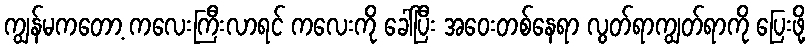
ကျွန်မကတော့ ကလေးကြီးလာရင် ကလေးကို ခေါ်ပြီး အဝေးတစ်နေရာ လွတ်ရာကျွတ်ရာကို ပြေးဖို့